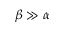
\beta \gg \alpha